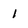
Character: i